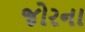
જોરના